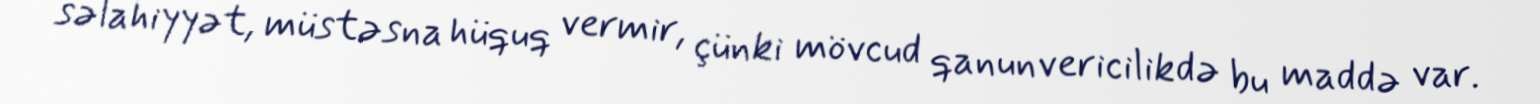
səlahiyyət, müstəsna hüquq vermir, çünki mövcud qanunvericilikdə bu maddə var.